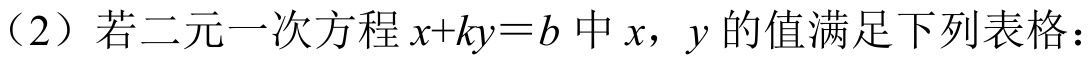
（2）若二元一次方程\(x + ky = b\)中\(x\)，\(y\)的值满足下列表格：